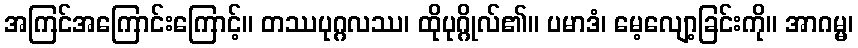
အကြင်အကြောင်းကြောင့်။ တဿပုဂ္ဂလဿ၊ ထိုပုဂ္ဂိုလ်၏။ ပမာဒံ၊ မေ့လျော့ခြင်းကို။ အာဂမ္မ၊